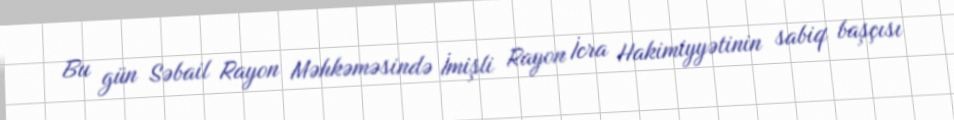
Bu gün Səbail Rayon Məhkəməsində İmişli Rayon İcra Hakimiyyətinin sabiq başçısı